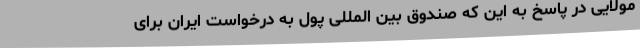
مولایی در پاسخ به این که صندوق بین المللی پول به درخواست ایران برای